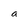
Character: a